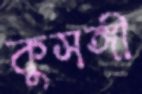
কুসঙ্গী